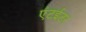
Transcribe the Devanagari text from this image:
एंटईटर